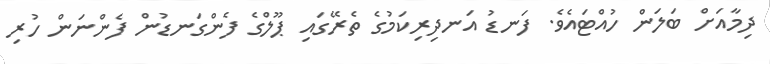
ދިމާއަށް ބަލަން ހުއްޓައެވެ. ފަނޑު އަނދިރިކަމުގެ ތެރޭގައި ޕޫލްގެ ފެންގަނޑުން ފެންނަން ހުރި